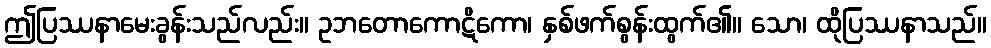
ဤပြဿနာမေးခွန်းသည်လည်း။ ဥဘတောကောဋိကော၊ နှစ်ဖက်စွန်းထွက်၏။ သော၊ ထိုပြဿနာသည်။